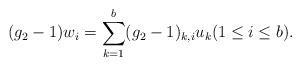
LaTeX: \begin{align*}(g_2-1)w_i=\sum_{k=1}^b (g_2-1)_{k,i} u_k (1\leq i\leq b).\end{align*}